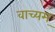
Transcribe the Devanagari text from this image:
वाच्यम्